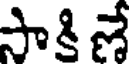
సాకి ణే